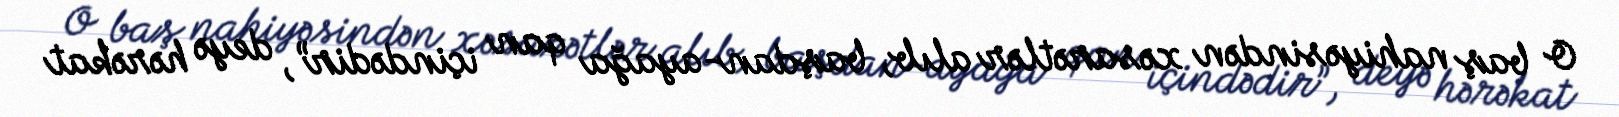
O baş nahiyəsindən xəsarətlər alıb, başdan-ayağa qan içindədir”, deyə hərəkat